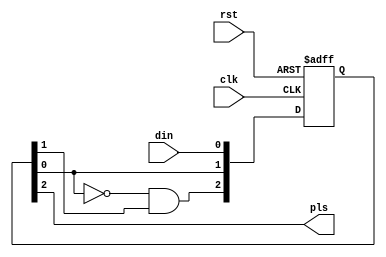
module fedet(rst, clk, din, pls);

///////////////////////////////////////////////////////////////////////////////
//
//  Module Port Declarations
//
    
    input   rst;
    input   clk;
    input   din;
    output  pls;

///////////////////////////////////////////////////////////////////////////////
//
//  Module Level Declarations
//

    reg [2:0] QSync;
    
///////////////////////////////////////////////////////////////////////////////
//
//  Implementation
//

always @(posedge clk or posedge rst) begin
    if(rst)
        #1 QSync <= 3'b011;
    else 
        #1 QSync <= {~QSync[0] & QSync[1], QSync[0], din};
end

assign pls = QSync[2];

endmodule